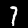
Digit: 7